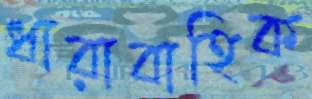
ধারাবাহিক